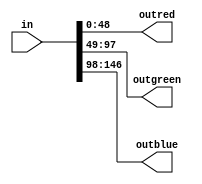
/*
   This file was generated automatically by the Mojo IDE version B1.3.6.
   Do not edit this file directly. Instead edit the original Lucid source.
   This is a temporary file and any changes made to it will be destroyed.
*/

module ledmatrixdecoder_12 (
    input [146:0] in,
    output reg [48:0] outred,
    output reg [48:0] outgreen,
    output reg [48:0] outblue
  );
  
  
  
  always @* begin
    outred[0+6-:7] = in[0+0+6-:7];
    outgreen[0+6-:7] = in[49+0+6-:7];
    outblue[0+6-:7] = in[98+0+6-:7];
    outred[7+6-:7] = in[0+7+6-:7];
    outgreen[7+6-:7] = in[49+7+6-:7];
    outblue[7+6-:7] = in[98+7+6-:7];
    outred[14+6-:7] = in[0+14+6-:7];
    outgreen[14+6-:7] = in[49+14+6-:7];
    outblue[14+6-:7] = in[98+14+6-:7];
    outred[21+6-:7] = in[0+21+6-:7];
    outgreen[21+6-:7] = in[49+21+6-:7];
    outblue[21+6-:7] = in[98+21+6-:7];
    outred[28+6-:7] = in[0+28+6-:7];
    outgreen[28+6-:7] = in[49+28+6-:7];
    outblue[28+6-:7] = in[98+28+6-:7];
    outred[35+6-:7] = in[0+35+6-:7];
    outgreen[35+6-:7] = in[49+35+6-:7];
    outblue[35+6-:7] = in[98+35+6-:7];
    outred[42+6-:7] = in[0+42+6-:7];
    outgreen[42+6-:7] = in[49+42+6-:7];
    outblue[42+6-:7] = in[98+42+6-:7];
  end
endmodule